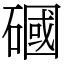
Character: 𥕏